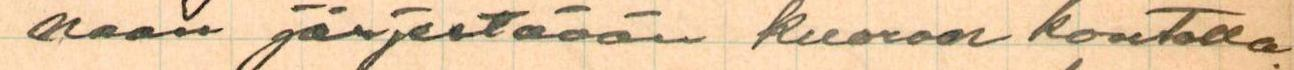
naan järjestävän kuoron kontolla.